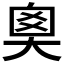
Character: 𡘻